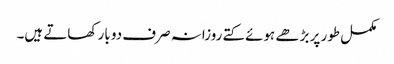
مکمل طور پر بڑھے ہوئے کتے روزانہ صرف دو بار کھاتے ہیں۔